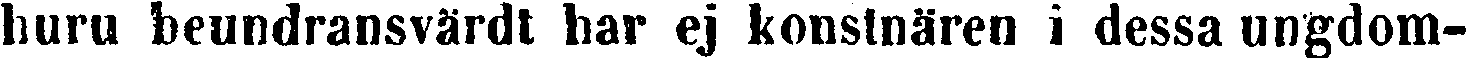
huru beundransvärdt har ej konstnären i dessa ungdom-